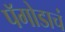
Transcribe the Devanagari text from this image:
पॅगोडाचं